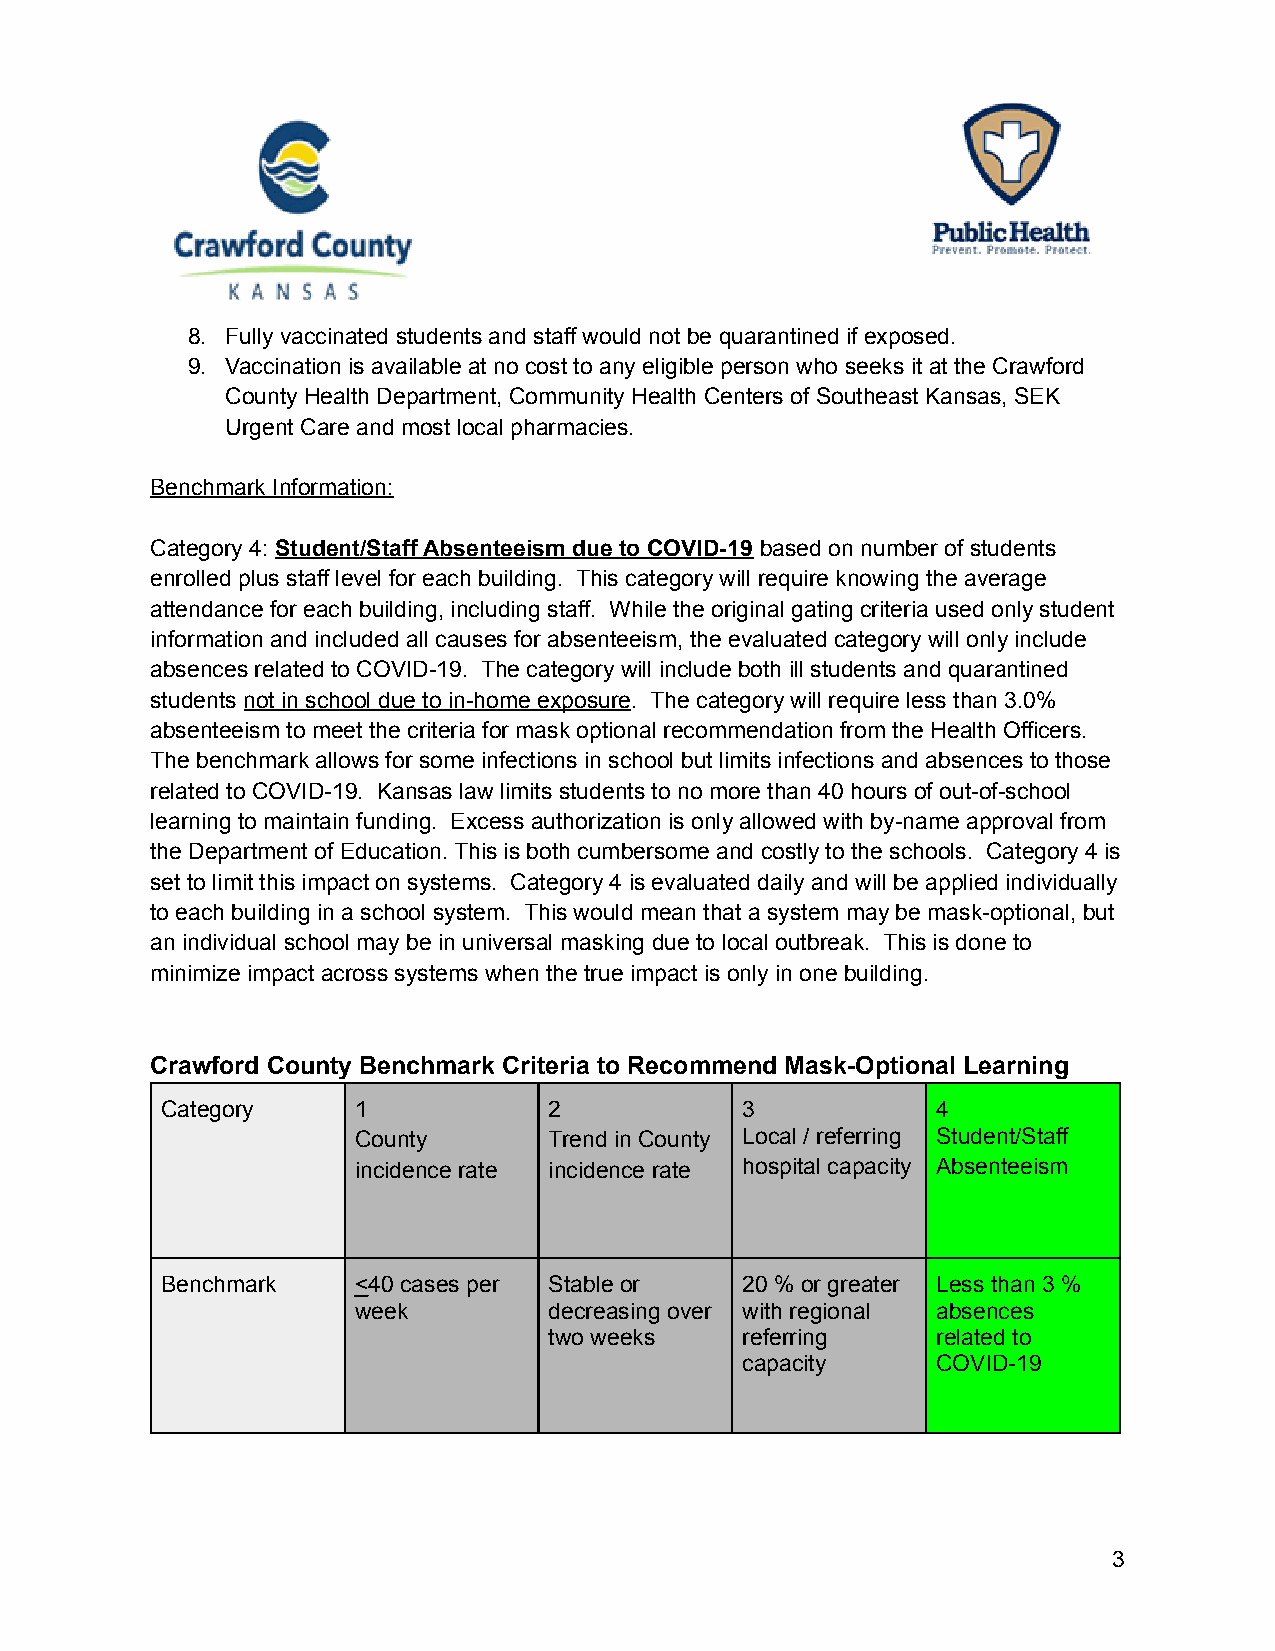
8. Fully vaccinated students and staff would not be quarantined if exposed.
 9. Vaccination is available at no cost to any eligible person who seeks it at the Crawford
 County Health Department, Community Health Centers of Southeast Kansas, SEK
 Urgent Care and most local pharmacies.
 Benchmark Information:
 Category 4: Student/Staff Absenteeism due to COVID-19 based on number of students
 enrolled plus staff level for each building. This category will require knowing the average
 attendance for each building, including staff. While the original gating criteria used only student
 information and included all causes for absenteeism, the evaluated category will only include
 absences related to COVID-19. The category will include both ill students and quarantined
 students not in school due to in-home exposure. The category will require less than 3.0%
 absenteeism to meet the criteria for mask optional recommendation from the Health Officers.
 The benchmark allows for some infections in school but limits infections and absences to those
 related to COVID-19. Kansas law limits students to no more than 40 hours of out-of-school
 learning to maintain funding. Excess authorization is only allowed with by-name approval from
 the Department of Education. This is both cumbersome and costly to the schools. Category 4 is
 set to limit this impact on systems. Category 4 is evaluated daily and will be applied individually
 to each building in a school system. This would mean that a system may be mask-optional, but
 an individual school may be in universal masking due to local outbreak. This is done to
 minimize impact across systems when the true impact is only in one building.
 Crawford County Benchmark Criteria to Recommend Mask-Optional Learning
 Category    1            2            3            4
 County       Trend in County Local / referring Student/Staff
 incidence rate incidence rate hospital capacity Absenteeism
 Benchmark   <40 cases per Stable or   20 % or greater Less than 3 %
 week         decreasing over with regional absences
 two weeks    referring    related to
 capacity     COVID-19
 3